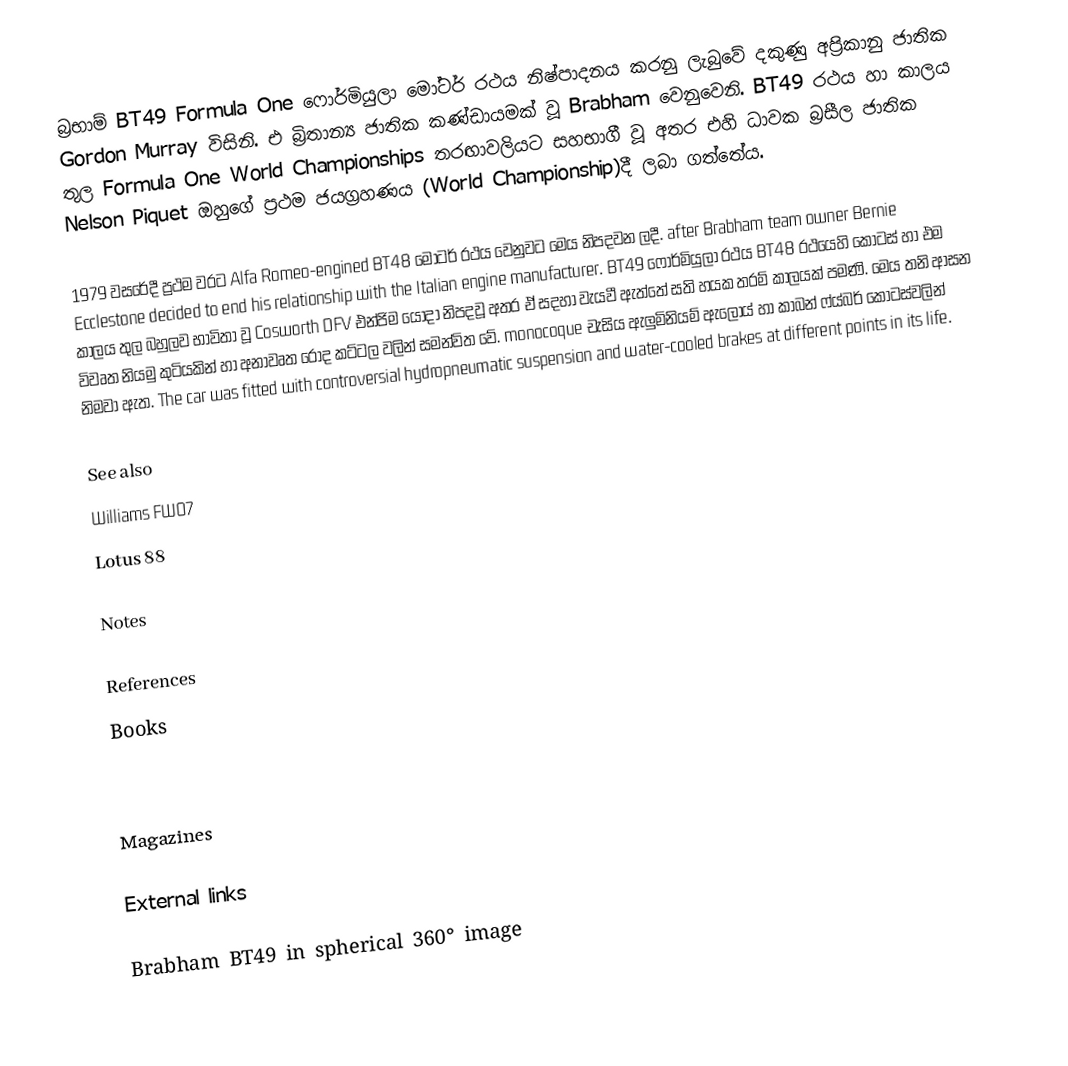
බ්‍රභාම් BT49  Formula One ෆොර්මියුලා මෝටර් රථය නිෂ්පාදනය කරනු ලැබුවේ දකුණු අප්‍රිකානු ජාතික Gordon Murray විසිනි. එ බ්‍රිතාන්‍ය ජාතික කණ්ඩායමක් වූ Brabham වෙනුවෙනි. BT49 රථය  හා   කාලය තුල Formula One World Championships තරඟාවලියට සහභාගී වූ අතර එහි ධාවක බ්‍රසීල ජාතික Nelson Piquet ඔහුගේ ප්‍රථම ජයග්‍රහණය (World Championship)දී ලබා ගත්තේය.

1979 වසරේදී ප්‍රථම වරට Alfa Romeo-engined BT48 මෝටර් රථය වෙනුවට මෙය නිපදවන ලදී.   after Brabham team owner Bernie Ecclestone decided to end his relationship with the Italian engine manufacturer. BT49 ෆොර්මියුලා රථය BT48 රථයෙහි කොටස් හා එම කාලය තුල බහුලව භාවිතා වූ Cosworth DFV එන්ජිම යොදා නිපදවූ අතර ඒ සදහා වැයවී ඇත්තේ සති හයක තරම් කාලයක් පමණි. මෙය තනි ආසන විවෘත නියමු කුටියකින් හා අනාවෘත රෝද කට්ටල වලින් සමන්විත වේ. monocoque චැසිය ඇලුමිනියම් ඇලොය් හා  කාබන් ෆ්ය්බර් කොටස්වලින් නිමවා ඇත. The car was fitted with controversial hydropneumatic suspension and water-cooled brakes at different points in its life.

See also
 Williams FW07
 Lotus 88

Notes

References
Books

Magazines

External links

 Brabham BT49 in spherical 360° image